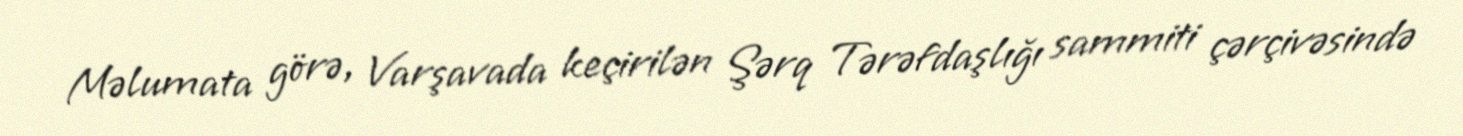
Məlumata görə, Varşavada keçirilən Şərq Tərəfdaşlığı sammiti çərçivəsində